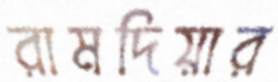
রামদিয়ার